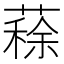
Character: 𦺪